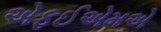
એફઈએમએ